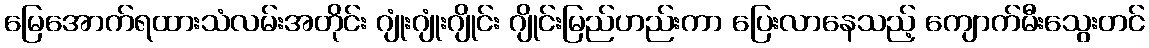
မြေအောက်ရထားသံလမ်းအတိုင်း ဂျုံးဂျုံးဂျိုင်း ဂျိုင်းမြည်ဟည်းကာ ပြေးလာနေသည့် ကျောက်မီးသွေးတင်